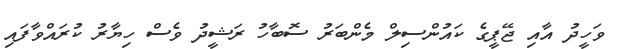
ވަހީދު އާއި ޖޭޕީގެ ކައުންސިލް މެންބަރު ސޮބާހު ރަޝީދު ވެސް ހިޔާރު ކުރައްވާފައި